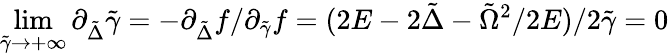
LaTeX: \operatorname*{lim}_{\tilde{\gamma}\rightarrow{+\infty}}\partial_{\tilde{\Delta}}\tilde{\gamma}=-\partial_{\tilde{\Delta}}f/\partial_{\tilde{\gamma}}f=(2E-2\tilde{\Delta}-\tilde{\Omega}^{2}/2E)/2\tilde{\gamma}=0